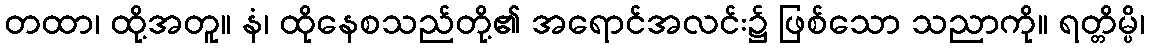
တထာ၊ ထို့အတူ။ နံ၊ ထိုနေစသည်တို့၏ အရောင်အလင်း၌ ဖြစ်သော သညာကို။ ရတ္တိမ္ပိ၊